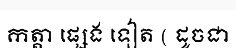
កត្តា ផ្សេង ទៀត ( ដូចជា